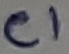
Text: C1